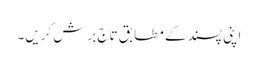
اپنی پسند کے مطابق تاج برش کریں۔